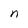
Character: a